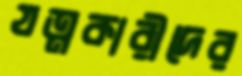
যত্নকারীদের